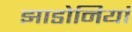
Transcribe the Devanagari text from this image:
झाडोनियां